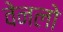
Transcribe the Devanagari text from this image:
वेनलो